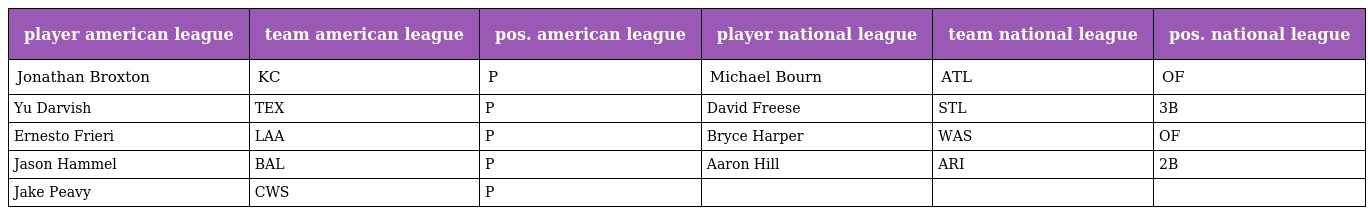
| player american league | team american league | pos. american league | player national league | team national league | pos. national league |
 | --- | --- | --- | --- | --- | --- |
 | Jonathan Broxton | KC | P | Michael Bourn | ATL | OF |
 | Yu Darvish | TEX | P | David Freese | STL | 3B |
 | Ernesto Frieri | LAA | P | Bryce Harper | WAS | OF |
 | Jason Hammel | BAL | P | Aaron Hill | ARI | 2B |
 | Jake Peavy | CWS | P |  |  |  |